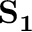
\mathbf { S _ { 1 } }